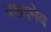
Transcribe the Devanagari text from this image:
यशदमेव